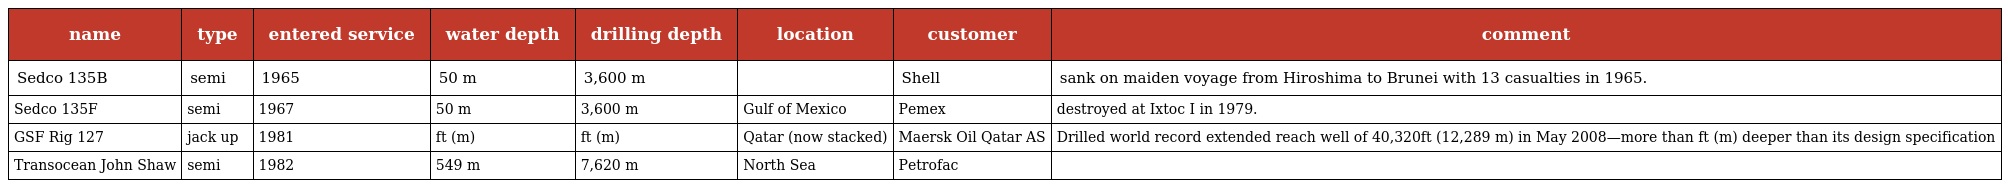
| name | type | entered service | water depth | drilling depth | location | customer | comment |
 | --- | --- | --- | --- | --- | --- | --- | --- |
 | Sedco 135B | semi | 1965 | 50 m | 3,600 m |  | Shell | sank on maiden voyage from Hiroshima to Brunei with 13 casualties in 1965. |
 | Sedco 135F | semi | 1967 | 50 m | 3,600 m | Gulf of Mexico | Pemex | destroyed at Ixtoc I in 1979. |
 | GSF Rig 127 | jack up | 1981 | ft (m) | ft (m) | Qatar (now stacked) | Maersk Oil Qatar AS | Drilled world record extended reach well of 40,320ft (12,289 m) in May 2008—more than ft (m) deeper than its design specification |
 | Transocean John Shaw | semi | 1982 | 549 m | 7,620 m | North Sea | Petrofac |  |